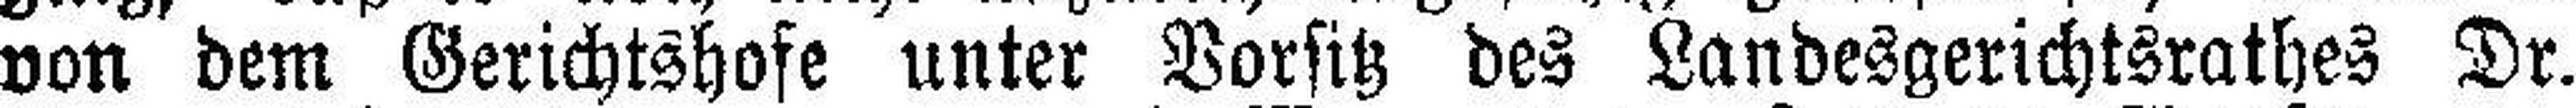
von dem Gerichtshofe unter Vorsitz des Landesgerichtsrathes Dr.